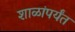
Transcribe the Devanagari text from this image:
शाळांपर्यंत